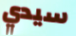
سيدي